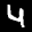
Label: 4